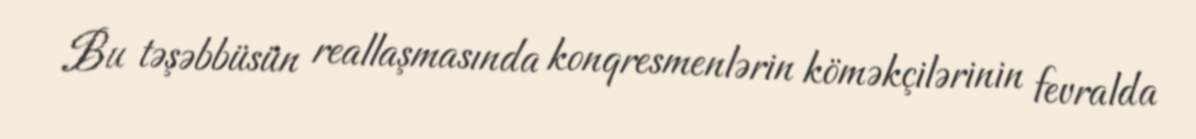
Bu təşəbbüsün reallaşmasında konqresmenlərin köməkçilərinin fevralda